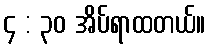
၄ : ၃၀ အိပ်ရာထတယ်။